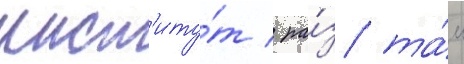
инст'иту́т / ра́з та́м